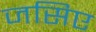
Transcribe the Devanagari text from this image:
जसिए